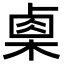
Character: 㮚